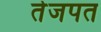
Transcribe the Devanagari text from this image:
तेजपत